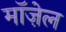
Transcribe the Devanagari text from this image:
मॉज़ेल